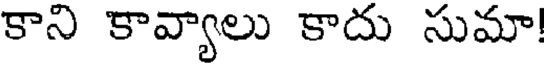
కాని కావ్యాలు కాదు సుమా!